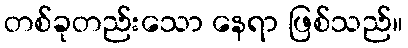
တစ်ခုတည်းသော နေရာ ဖြစ်သည်။